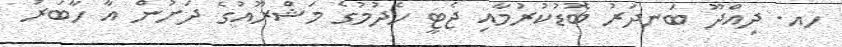
ހއ. ދިއްދޫ ބަނދަރު ބޮޑުކުރުމާއި ޖެޓީ ހެދުމުގެ މަޝްރޫއުގެ ދަށުން އާ ހާބަރު